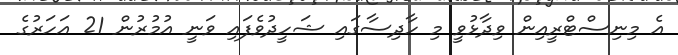
އެ މިނިސްޓްރީއިން ވިދާޅުވީ މި ހާދިސާގައި ޝަހީދުވެފައި ވަނީ އުމުރުން 21 އަހަރުގެ